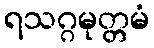
ရသဂ္ဂမုတ္တမံ